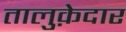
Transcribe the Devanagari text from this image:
तालुक़ेदार